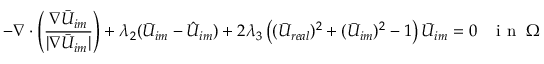
- \nabla \cdot \left( \frac { \nabla \bar { U } _ { i m } } { | \nabla \bar { U } _ { i m } | } \right) + \lambda _ { 2 } ( \bar { U } _ { i m } - \hat { U } _ { i m } ) + 2 \lambda _ { 3 } \left( ( \bar { U } _ { r e a l } ) ^ { 2 } + ( \bar { U } _ { i m } ) ^ { 2 } - 1 \right) \bar { U } _ { i m } = 0 \; \; \; \mathrm { ~ i ~ n ~ } \; \Omega